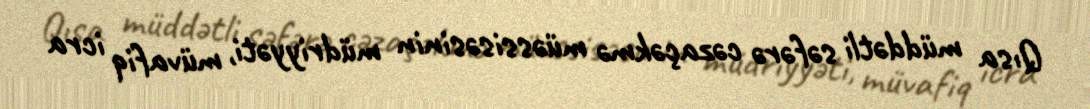
Qısa müddətli səfərə cəzaçəkmə müəssisəsinin müdriyyəti, müvafiq icra